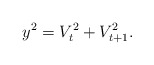
\begin{align*}y^{2}=V_{t}^{2}+V_{t+1}^{2}. \end{align*}